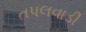
તપલવાડી